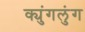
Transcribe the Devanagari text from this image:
क्युंगलुंग